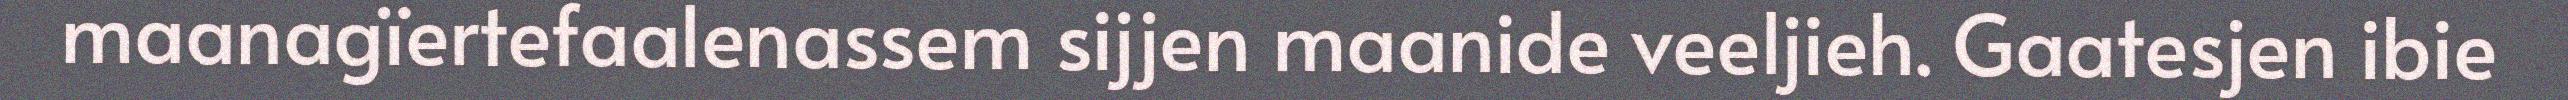
maanagïertefaalenassem sijjen maanide veeljieh. Gaatesjen ibie